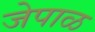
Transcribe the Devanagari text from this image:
जेपाळ